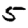
Digit: 5